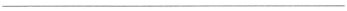
___